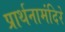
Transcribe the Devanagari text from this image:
प्रार्थनामंदिरे